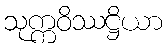
သုက္ကဝိဿဋ္ဌိယာ